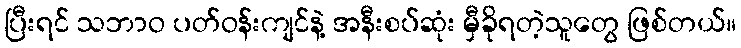
ပြီးရင် သဘာဝ ပတ်ဝန်းကျင်နဲ့ အနီးစပ်ဆုံး မှီခိုရတဲ့သူတွေ ဖြစ်တယ်။